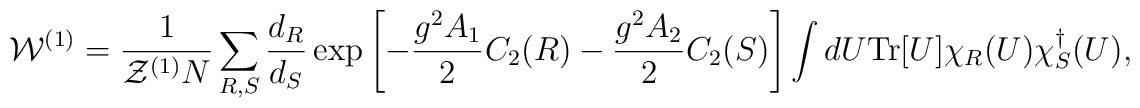
{\cal W}^{(1)}={1\over {\cal Z}^{(1)} N}\sum_{R,S} \frac{d_{R}}{d_{S}}\exp\left[-{{g^2 A_1}\over 2}C_2(R)-{{g^2 A_2}\over 2}C_2(S)\right]\int dU {\rm Tr}[U]\chi_{R}(U) \chi_{S}^{\dagger}(U),